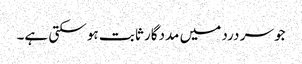
جو سر درد میں مددگار ثابت ہو سکتی ہے۔